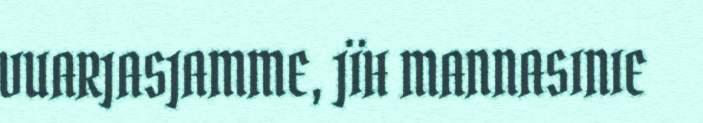
VUARJASJAMME, JÏH MANNASINIE